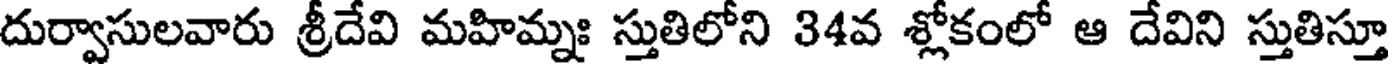
దుర్వాసులవారు శ్రీదేవి మహిమ్నః స్తుతిలోని 34వ శ్లోకంలో ఆ దేవిని స్తుతిస్తూ